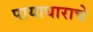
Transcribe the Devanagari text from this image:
पायाधाराचे